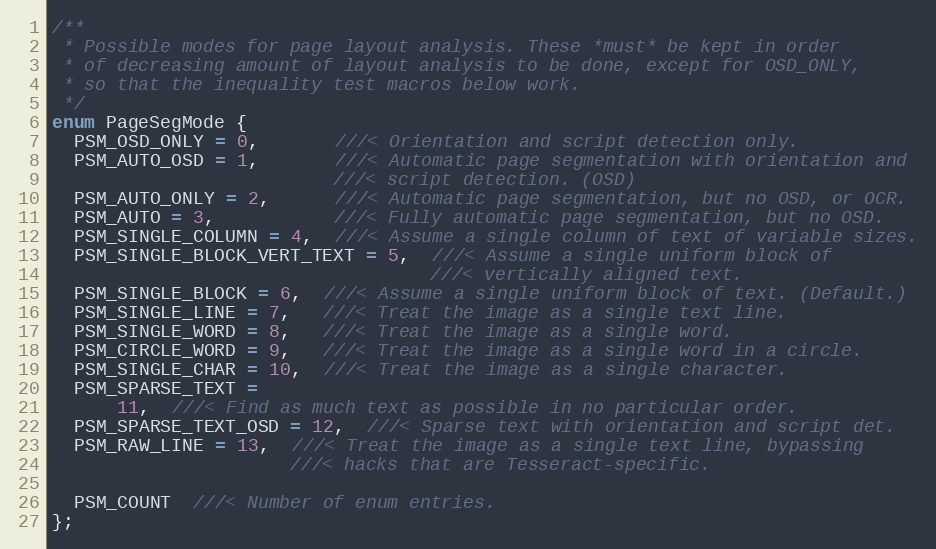
Language: C
/**
 * Possible modes for page layout analysis. These *must* be kept in order
 * of decreasing amount of layout analysis to be done, except for OSD_ONLY,
 * so that the inequality test macros below work.
 */
enum PageSegMode {
  PSM_OSD_ONLY = 0,       ///< Orientation and script detection only.
  PSM_AUTO_OSD = 1,       ///< Automatic page segmentation with orientation and
                          ///< script detection. (OSD)
  PSM_AUTO_ONLY = 2,      ///< Automatic page segmentation, but no OSD, or OCR.
  PSM_AUTO = 3,           ///< Fully automatic page segmentation, but no OSD.
  PSM_SINGLE_COLUMN = 4,  ///< Assume a single column of text of variable sizes.
  PSM_SINGLE_BLOCK_VERT_TEXT = 5,  ///< Assume a single uniform block of
                                   ///< vertically aligned text.
  PSM_SINGLE_BLOCK = 6,  ///< Assume a single uniform block of text. (Default.)
  PSM_SINGLE_LINE = 7,   ///< Treat the image as a single text line.
  PSM_SINGLE_WORD = 8,   ///< Treat the image as a single word.
  PSM_CIRCLE_WORD = 9,   ///< Treat the image as a single word in a circle.
  PSM_SINGLE_CHAR = 10,  ///< Treat the image as a single character.
  PSM_SPARSE_TEXT =
      11,  ///< Find as much text as possible in no particular order.
  PSM_SPARSE_TEXT_OSD = 12,  ///< Sparse text with orientation and script det.
  PSM_RAW_LINE = 13,  ///< Treat the image as a single text line, bypassing
                      ///< hacks that are Tesseract-specific.

  PSM_COUNT  ///< Number of enum entries.
};